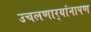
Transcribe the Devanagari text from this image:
उचलणार्‍यांनापण